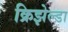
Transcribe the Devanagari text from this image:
क्रिझेल्डा